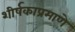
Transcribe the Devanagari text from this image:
शीर्षकाप्रमाणे